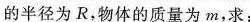
的半径为R，物体的质量为m，求